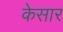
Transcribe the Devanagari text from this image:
केसार